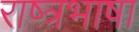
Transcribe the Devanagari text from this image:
राष्त्रभाषा